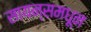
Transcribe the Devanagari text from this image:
सायन्समधून